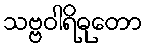
သဗ္ဗဝါရိဓုတော